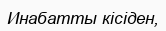
Инабатты кісіден,